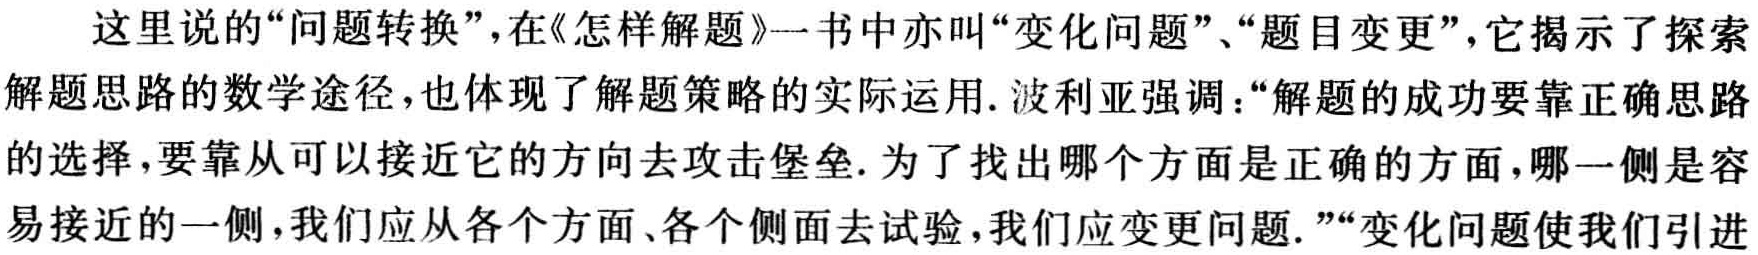
这里说的“问题转换”，在《怎样解题》一书中亦叫“变化问题”、“题目变更”，它揭示了探索
解题思路的数学途径，也体现了解题策略的实际运用. 波利亚强调：“解题的成功要靠正确思路
的选择，要靠从可以接近它的方向去攻击堡垒. 为了找出哪个方面是正确的方面，哪一侧是容
易接近的一侧，我们应从各个方面、各个侧面去试验，我们应变更问题.”“变化问题使我们引进